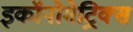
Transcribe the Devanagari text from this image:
इकॉनोमेट्रिक्स